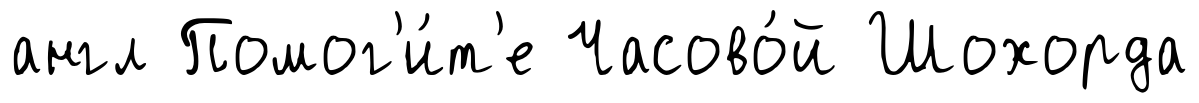
англ Помог'и́т'е Часово́й Шохорда